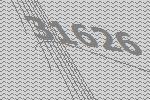
31626